Report on vaccination North-West Frontier Province 1904-1922 - 1904-1922
Year: 1904
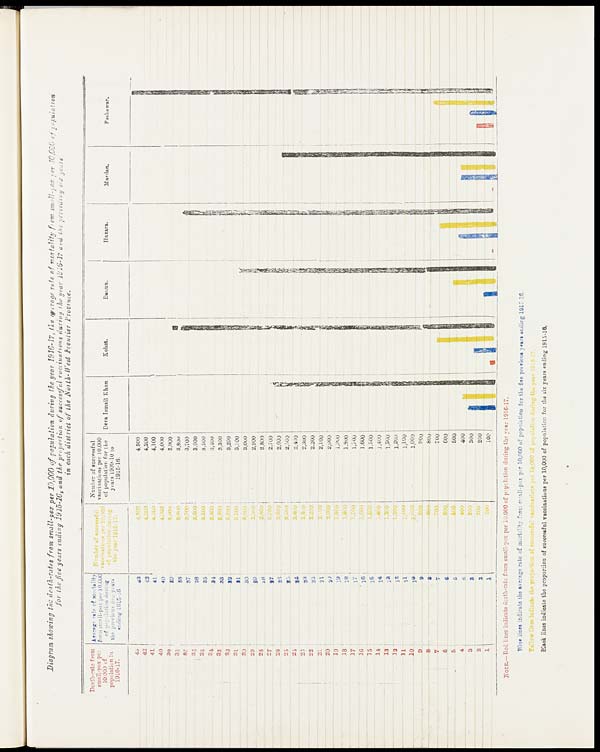
Diagram showing the death-rates from small-pox per 10,000 of population during the year 1916-17, the average rate of mortality from small-pox per 10,000 of population
for the five years ending 1915-16, and the proportion of successful vaccinations during the year 1916-17 and the preceding six years
in each district of the North-West Frontier Province.